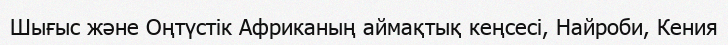
Шығыс және Оңтүстік Африканың аймақтық кеңсесі, Найроби, Кения